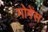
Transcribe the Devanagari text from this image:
मोगेंस